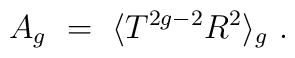
A_{g}~=~\langle T^{2g-2}R^{2}\rangle_{g}{}~.